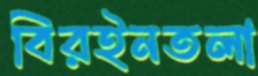
বিরইনতলা